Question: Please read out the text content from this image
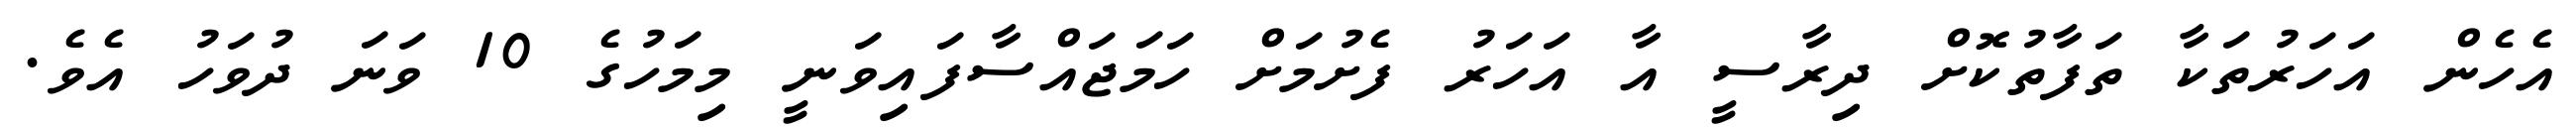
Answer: އެހެން އަހަރުތަކާ ތަފާތުކޮށް ދިރާސީ އާ އަހަރު ފެށުމަށް ހަމަޖައްސާފައިވަނީ މިމަހުގެ 10 ވަނަ ދުވަހު އެވެ.